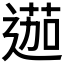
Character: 𨔽